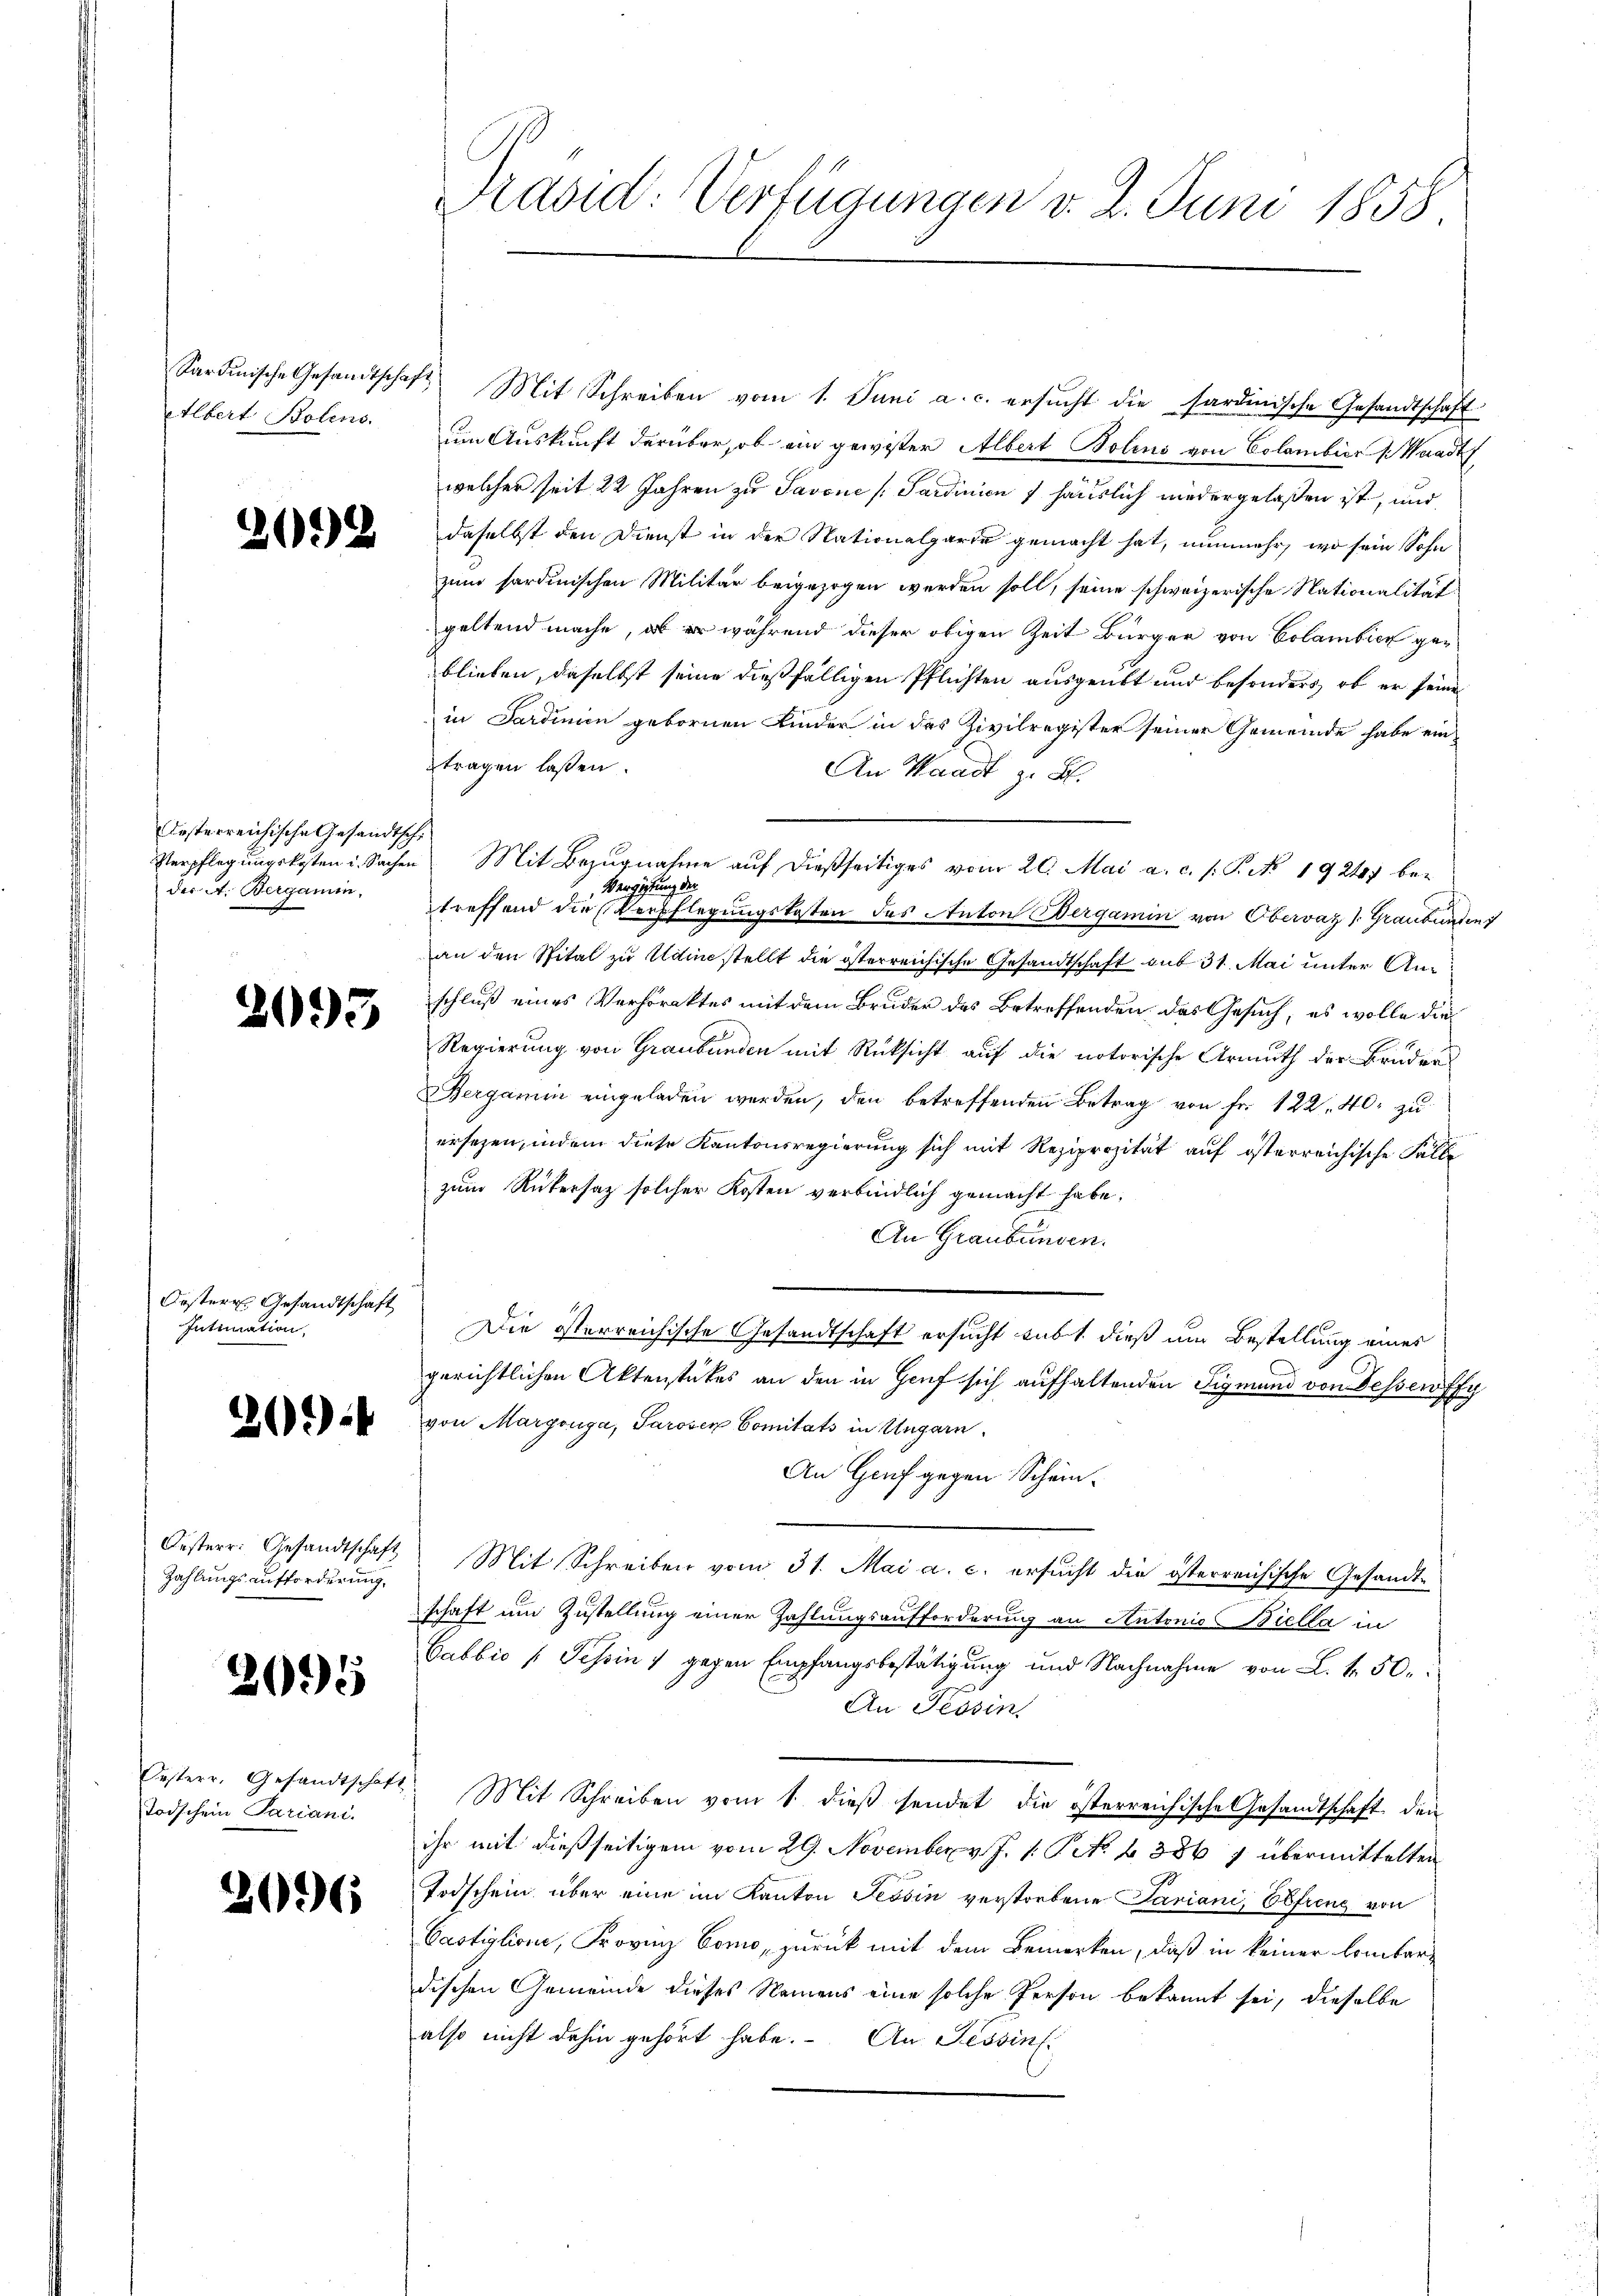
desterreichische Gesandtsch
Verpflegungskosten u. Sachen
des St. Bergamin,

2093

Oestere Gesandtschaft
Intimation,

Zahlungsaufforderung,

2095

Todschein Pariani.

2096

Sardinische Gesandtschaft Mit Schreiben vom 1. Juni a. c. ersŭcht die fardische Gesandtschaft
Albert Boline. Im Auskunft darüber, ob ein gewister Albert Bolins von Colambier (Waad
welcher seit 22 Jahren zu Savone [Sardinien 7 häuslich niedergelaßen ist, und
2 daselbst den Dienst in der Nationalgarre gemacht hat, nunmehr, wo sein Sohn
zum sardinischen Militär beigezogen werden soll, seine schweizerische Nationalität
geltend mache, ob er während dieser obigen Zeit Bürger von Colambick geblieben, daselbst seine dießfälligen Pflichten ausgeübt und besonders, ob er seine
in Sardinien gebornen Kinder in das Zivilregister seiner Gemeinde habe eintragen lassen.
An Waadt z. B.
Mit Bezugnahme auf dießseitiges vom 20. Mai a. c. /: P. No. 1924 be-
Vergütung der
s
treffend die Verpflegungskosten des Anton Wergamin von Obervaz 1. Graubünden
an den Spital zu Udine stellt die österreichische Gesandtschaft sub 31. Mai unter Anschluß eines Verhöraktes mit dem Bruder des Betreffenden das Gesuch, es wolle die
Regierung von Graubünden mit Rücksicht auf die notorische Armuth der Bruder
ergamin eingeladen werden, den betreffenden Betrag von fr. 122. 40. zu
ersezen, indem diese Kantonsregierung sich mit Reziprozität auf österreichische Fälle
zum Rükersatz solcher Kosten verbindlich gemacht habe.
An Graubünden.
Die österreichische Gesandtschaft ersucht subt dieß um Bestellung eines
gerichtlichen Aktenstükes an den in Genf sich aufhaltenden Sigmund von Fessewffy
) von Margenga, Parowen Comitats in Ungarn.
An Genf gegen Schein¬
Oesterr. Gesandtschaft Mit Schreiben vom 31. Mai a. c. ersucht die österreichische Gesandtschaft um Zustellung einer Zahlungsaufforderung an Autonio Biella in
.
Gabbić [Schin) gegen Empfangsbestätigung und Nachnahme von L. k. 50.
An Tessin
Oesterr. Gesandtschaft. Mit Schreiben vom 1. dieβ sendet die österreichische Gesandtschaft den
ihr mit dießseitigem vom 29. November v. J. 1: Pct. 1386 7 übermittelten
Todschein über eine im Kanton Tessin verstorbene Pariani, Ebfreng von
Castiglione, Provinz Como, zurück mit dem Bemerken, daß in keiner lombardischen Gemeinde dieses Namens eine solche Person bekannt sei, dieselbe
also nicht dahin gehört habe. An Tessin.

Präsid: Verfügungen v. 2. Juni 1858